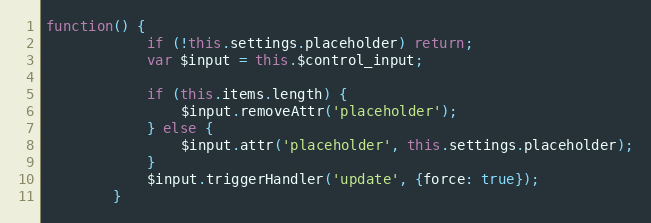
Language: JavaScript
function() {
			if (!this.settings.placeholder) return;
			var $input = this.$control_input;

			if (this.items.length) {
				$input.removeAttr('placeholder');
			} else {
				$input.attr('placeholder', this.settings.placeholder);
			}
			$input.triggerHandler('update', {force: true});
		}